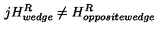
j H _ { w e d g e } ^ { R } \neq H _ { o p p o s i t e w e d g e } ^ { R }